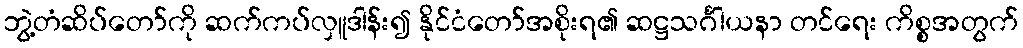
ဘွဲ့တံဆိပ်တော်ကို ဆက်ကပ်လှူဒါန်း၍ နိုင်ငံတော်အစိုးရ၏ ဆဋ္ဌသင်္ဂါယနာ တင်ရေး ကိစ္စအတွက်